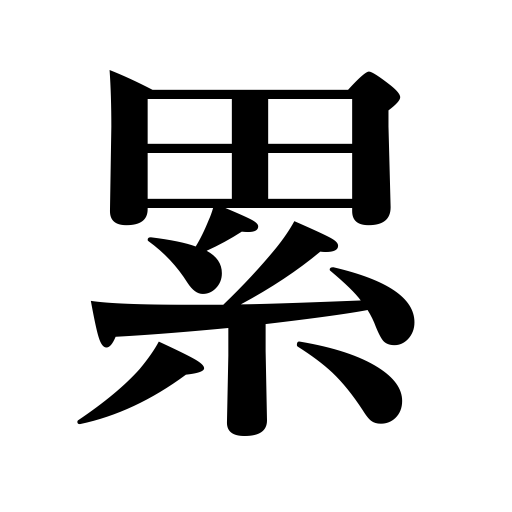
Meanings: trouble,involvement,continually,pile up,tie up